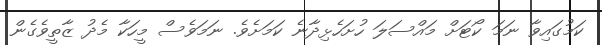
ކަމުގައިވާ ނަމަ ކޯޓަށް މައްސަލަ ހުށަހެޅިދާނެ ކަމަށެވެ. ނަމަވެސް މީހަކާ މެދު ޒާތީވެގެން